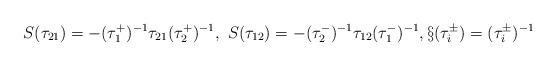
LaTeX: \begin{align*}S ( \tau_{21})= - (\tau_1^{+ })^{-1} \tau_{21 } (\tau_2^{+ })^{-1}, \ S ( \tau_{12})= - (\tau_2^{- })^{-1} \tau_{12 } (\tau_1^{- })^{-1}, \S (\tau_i^{\pm }) = (\tau_i^{\pm })^{-1}\end{align*}